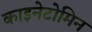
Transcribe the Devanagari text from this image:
काइनेटोमिन